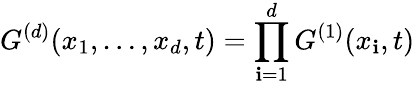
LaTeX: G^{(d)}(x_{1},\dots,x_{d},t)=\prod_{\mathbf{i}=1}^{d}G^{(1)}(x_{\mathbf{i}},t)